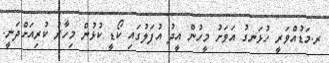
ރ.މަޑުއްވަރީ ހުޅަނގު އަވަށު މީހުން އީދު އުފަލުގައި ކޯޑީ ކުޅުން މިހާރު ކުރިއަށްދަނީ.